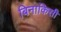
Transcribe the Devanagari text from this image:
बिनाकिसी